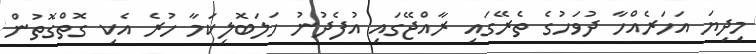
މިދިޔަ އަހަރެއްހާ ދުވަހުގެ ތެރޭގައި ރާއްޖޭގައި އުފެދުނު ހަލަބޮލިކަމާ ހުރެ އެކި ގޮތްގޮތުން